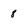
Character: 8